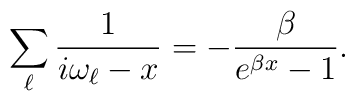
\sum_{\ell}\frac{1}{i\omega_{\ell}-x} = - \frac{\beta}{e^{\beta x}-1}.